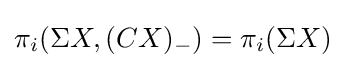
\pi _{i}(\Sigma X,(CX)_{-})=\pi _{i}(\Sigma X)